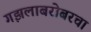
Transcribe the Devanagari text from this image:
गझलाबरोबरचा